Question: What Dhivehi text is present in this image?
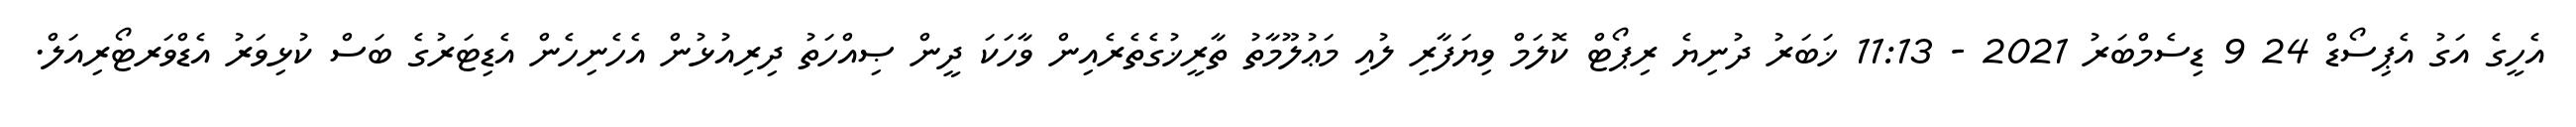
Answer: އެހީގެ އަގު އެޕިސޯޑް 24 9 ޑިސެމްބަރު 2021 - 11:13 ޚަބަރު ދުނިޔެ ރިޕޯޓް ކޮލަމް ވިޔަފާރި ލުއި މަޢުލޫމާތު ތާރީޚުގެތެރެއިން ވާހަކަ ދީން ޞިއްހަތު ދިރިއުޅުން އެހެނިހެން އެޑިޓަރުގެ ބަސް ކުޅިވަރު އެޑްވަރޓޯރިއަލް.